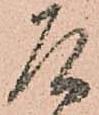
乍